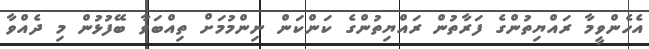
އެހެންވީމާ ރައްޔިތުންގެ ފަރާތުން ރައްޔިތުންގެ ކަންކަން ނިންމުމަށް ތިއްބަވާ ބޭފުޅުން މި ދެއްވާ